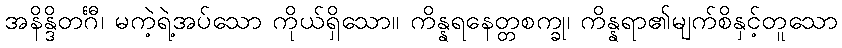
အနိန္ဒိတင်္ဂီ၊ မကဲ့ရဲ့အပ်သော ကိုယ်ရှိသော။ ကိန္နရနေတ္တစက္ခု၊ ကိန္နရာ၏မျက်စိနှင့်တူသော